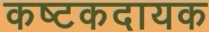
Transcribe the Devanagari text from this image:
कष्टकदायक